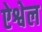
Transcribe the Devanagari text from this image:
ऐश्वेल